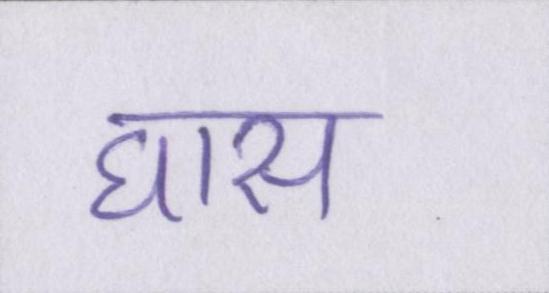
घास